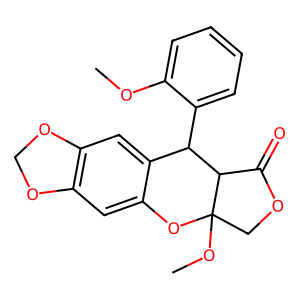
SMILES: COc1ccccc1C1c2cc3c(cc2OC2(OC)COC(=O)C12)OCO3
Inhibits HIV replication: No